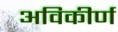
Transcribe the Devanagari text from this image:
अविकीर्ण